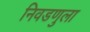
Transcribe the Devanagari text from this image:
निवडणुला